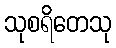
သုစရိတေသု